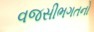
વજસીભગતનો